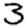
Digit: 3